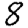
Digit: 8